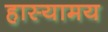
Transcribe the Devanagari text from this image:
हास्यामय